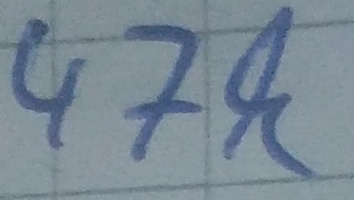
Text: 47k